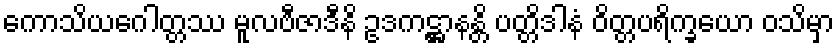
ကောသိယဂေါတ္တဿ မူလဗီဇာဒီနိ ဥဒကဋ္ဌာနန္တိ ပတ္တိဒါနံ ဝိတ္တပရိက္ခယော ဝသိမှာ